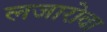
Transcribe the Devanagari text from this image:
लजारोवा